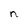
Character: n